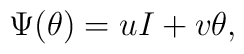
\Psi (\theta) = uI +v\theta,